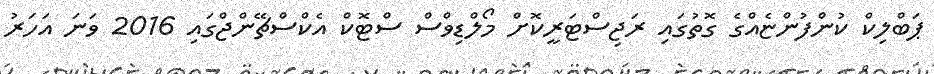
ޕަބްލިކް ކުންފުންޏެއްގެ ގޮތުގައި ރަޖިސްޓަރީކޮށް މޯލްޑިވްސް ސްޓޮކް އެކްސްޗޭންޖްގައި 2016 ވަނަ އަހަރު